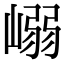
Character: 嵶